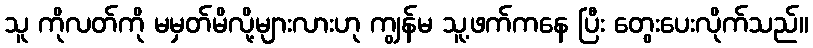
သူ ကိုလတ်ကို မမှတ်မိလို့များလားဟု ကျွန်မ သူ့ဖက်ကနေ ပြီး တွေးပေးလိုက်သည်။